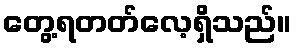
တွေ့ရတတ်လေ့ရှိသည်။